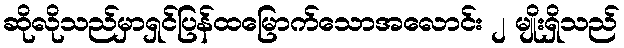
ဆိုလိုသည်မှာရှင်ပြန်ထမြောက်သောအလောင်း ၂ မျိုးရှိသည်